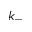
k _ { - }